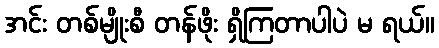
အင်း တစ်မျိုးစီ တန်ဖိုး ရှိကြတာပါပဲ မ ရယ်။